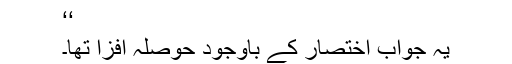
‘‘
یہ جواب اختصار کے باوجود حوصلہ افزا تھا۔